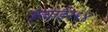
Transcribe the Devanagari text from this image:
ऊंचाई२६४